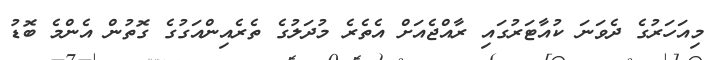
މިއަހަރުގެ ދެވަނަ ކުއާޓަރުގައި ރާއްޖެއަށް އެތެރެ މުދަލުގެ ތެރެއިންއަގުގެ ގޮތުން އެންމެ ބޮޑު